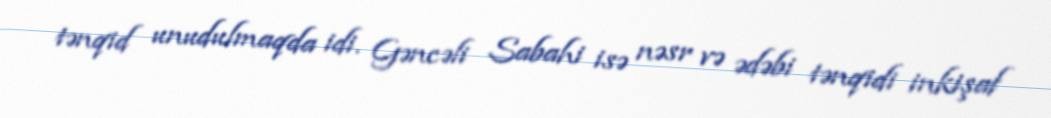
tənqid unudulmaqda idi. Gəncəli Sabahi isə nəsr və ədəbi tənqidi inkişaf